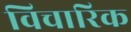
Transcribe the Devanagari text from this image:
विचारिक